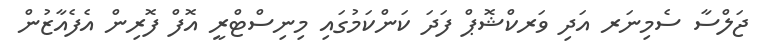
ޖަލްސާ ސެމިނަރ އަދި ވަރކްޝޮޕް ފަދަ ކަންކަމުގައި މިނިސްޓްރީ އޮފް ފޮރިން އެފެއާޒުން